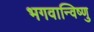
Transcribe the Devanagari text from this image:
भगवान्विष्णु